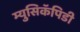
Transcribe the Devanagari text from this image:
म्युसिकॅपिडी